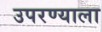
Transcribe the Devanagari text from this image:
उपरण्याला